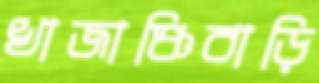
খাজাঞ্চিবাড়ি